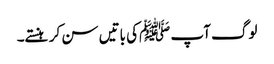
لوگ آپ ﷺکی باتیں سن کر ہنستے۔